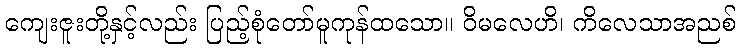
ကျေးဇူးတို့နှင့်လည်း ပြည့်စုံတော်မူကုန်ထသော။ ဝိမလေဟိ၊ ကိလေသာအညစ်